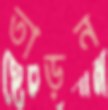
তাড়ন